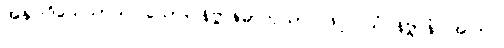
အနုပါဒိသေသာယ၊ သော။ နိဗ္ဗာနဓာတုယာ၊ ဖြင့်။ ယံ နိဗ္ဗာနံ၊ အကြင်